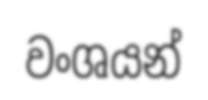
වංශයන්